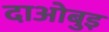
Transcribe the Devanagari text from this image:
दाओबुइ